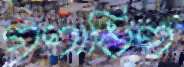
গণাধিপ